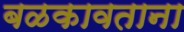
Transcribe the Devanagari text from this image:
बळकावताना